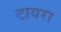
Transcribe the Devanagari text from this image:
टायरा